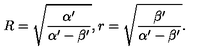
R = \sqrt { \frac { \alpha ^ { \prime } } { \alpha ^ { \prime } - \beta ^ { \prime } } } , r = \sqrt { \frac { \beta ^ { \prime } } { \alpha ^ { \prime } - \beta ^ { \prime } } } .